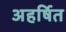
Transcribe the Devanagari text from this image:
अहर्षित